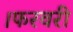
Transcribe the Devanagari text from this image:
।फरवरी